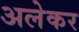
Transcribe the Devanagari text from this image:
अलेकर